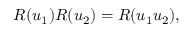
R ( u _ { 1 } ) R ( u _ { 2 } ) = R ( u _ { 1 } u _ { 2 } ) ,